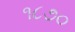
૧૮૭૦